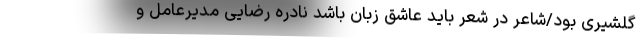
گلشیری بود/شاعر در شعر باید عاشق زبان باشد نادره رضایی مدیرعامل و